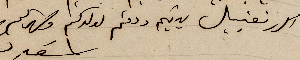
اكرر تقبيل يديكم ودمتم لولدكم وصهركم